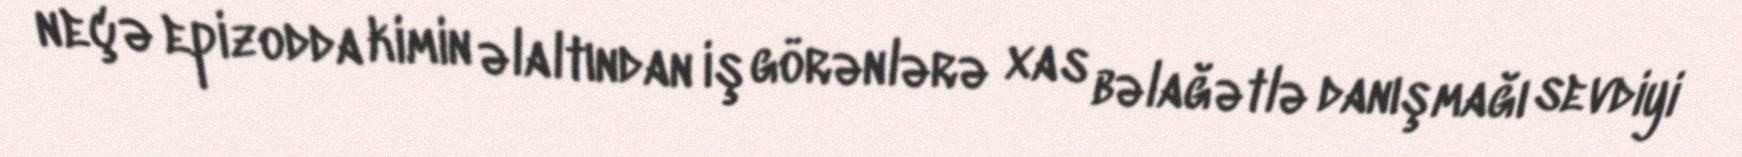
neçə epizodda kimin əlaltından iş görənlərə xas bəlağətlə danışmağı sevdiyi